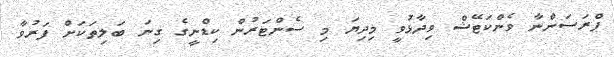
ޕްރަސަންނާ ވެންކަޓޭޝް ވިދާޅުވީ މިދިޔަ މި ސެންޓަރުން ކިޑްނީގެ ގިނަ ބަލިތަކަށް ފަރުވާ